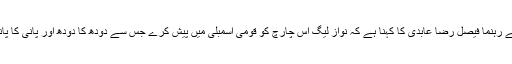
پیپلز پارٹی کے رہنما فیصل رضا عابدی کا کہنا ہے کہ نواز لیگ اس چارچ کو قومی اسمبلی میں پیش کرے جس سے دودھ کا دودھ اور پانی کا پانی ہوجائے گا۔